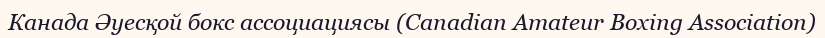
Канада Әуесқой бокс ассоциациясы (Canadian Amateur Boxing Association)